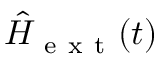
\hat { H } _ { \mathrm { ~ e ~ x ~ t ~ } } ( t )